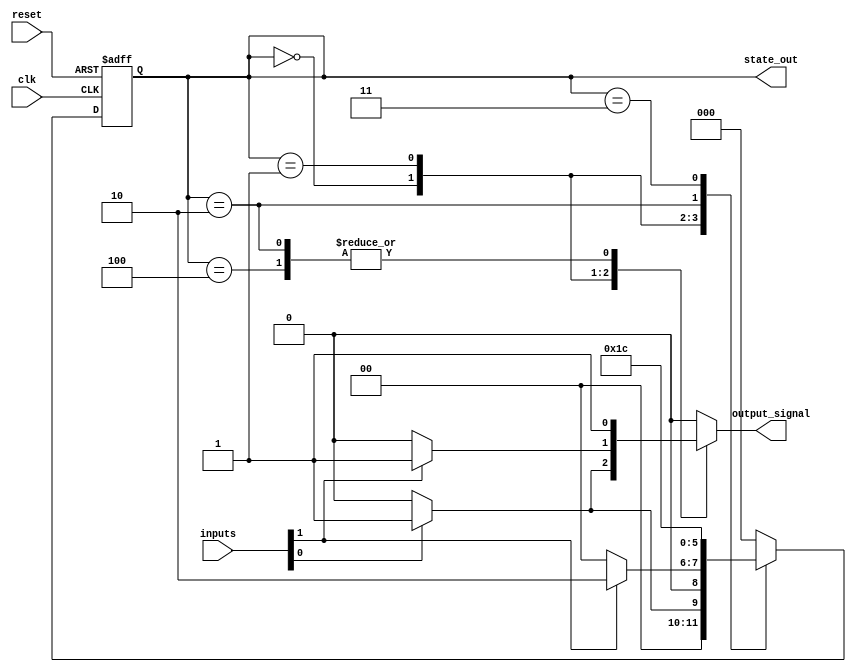
module MealyFSM #(
    parameter N = 3, // Number of bits for the state
    parameter M = 2  // Number of input signals
)(
    input wire clk,               // Clock signal
    input wire reset,             // Reset signal
    input wire [M-1:0] inputs,    // Input signals
    output reg [N-1:0] state_out, // Current state output
    output reg output_signal       // Output signal
);

// State encoding
localparam S0 = 3'b000;
localparam S1 = 3'b001;
localparam S2 = 3'b010;
localparam S3 = 3'b011;
localparam S4 = 3'b100;

// State register
reg [N-1:0] current_state, next_state;

// State transition logic
always @(*) begin
    case (current_state)
        S0: begin
            if (inputs[0]) begin
                next_state = S1;
                output_signal = 1'b1; // Output based on input
            end else begin
                next_state = S0;
                output_signal = 1'b0;
            end
        end
        S1: begin
            if (inputs[1]) begin
                next_state = S2;
                output_signal = 1'b1;
            end else begin
                next_state = S0;
                output_signal = 1'b0;
            end
        end
        S2: begin
            next_state = S3;
            output_signal = 1'b1; // Example output
        end
        S3: begin
            next_state = S4;
            output_signal = 1'b0; // Example output
        end
        S4: begin
            next_state = S0; // Loop back to S0
            output_signal = 1'b1; // Example output
        end
        default: begin
            next_state = S0;
            output_signal = 1'b0;
        end
    endcase
end

// State register update
always @(posedge clk or posedge reset) begin
    if (reset) begin
        current_state <= S0; // Initialize to starting state
    end else begin
        current_state <= next_state; // Update state on clock edge
    end
end

// Output state
always @(current_state or inputs) begin
    // Output logic can also be defined here if needed
    // For Mealy FSM, output_signal is already defined in the transition logic
end

// Assign the current state to the output
assign state_out = current_state;

endmodule